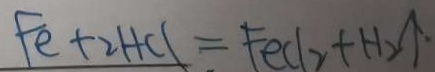
F e + 2 H C l = F e C l _ { 2 } + H _ { 2 } \uparrow \cdot